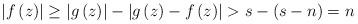
LaTeX: \begin{align*}\left\vert f\left( z\right) \right\vert \geq\left\vert g\left( z\right)\right\vert -\left\vert g\left( z\right) -f\left( z\right) \right\vert>s-\left( s-n\right) =n\end{align*}